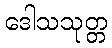
ဒေါသသုတ္တ